Mental hospitals Bombay report 1929-33 - 1929-1933
Year: 1929
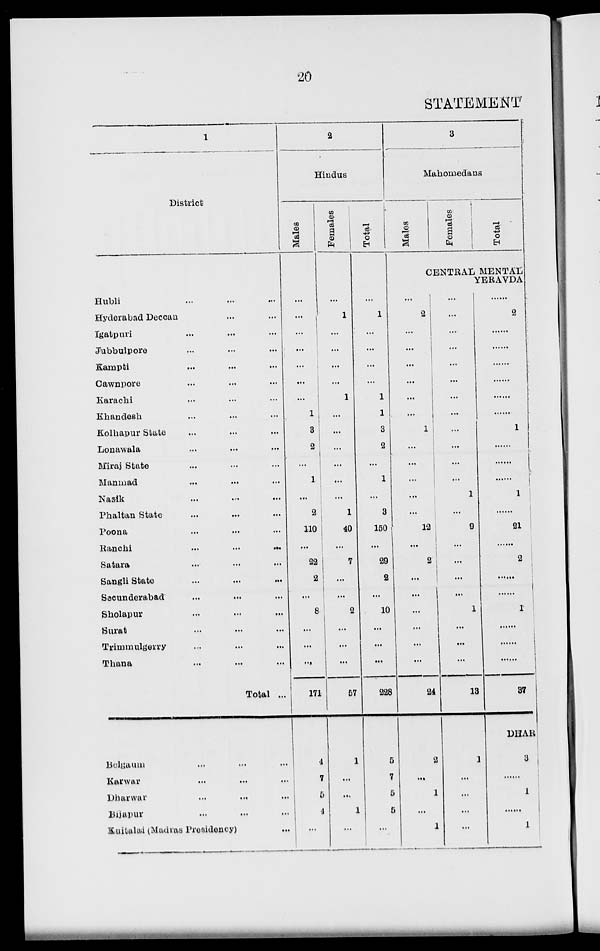
20
STATEMENT
1
District
Hubli ... ... ...
Hyderabad Deccan ... ...
Igatpuri ... ... ...
Jubbulpore ... ... ...
Kampti ... ... ...
Cawnpore ... ... ...
Karachi ... ... ...
Khandesh ... ... ...
Kolhapur State ... ... ...
Lonawala ... ... ...
Miraj State ... ... ...
Manmad ... ... ...
Nasik ... ... ...
Phaltan State ... ... ...
Poona ... ... ...
Ranchi ... ... ...
Satara ... ... ...
Sangli State ... ... ...
Secunderabad ... ... ...
Sholapur ... ... ...
Surat ... ... ...
Trimmulgerry ... ... ...
Thana ... ... ...
Total ...
Belgaum ... ... ...
Karwar ... ... ...
Dharwar
...
...
...
Bijapur ... ... ...
Kuitalai (Madras Presidency) ...
2
Hindus
Males
...
...
...
...
...
...
...
1
3
2
...
1
...
2
110
...
22
2
...
8
...
...
...
171
4
7
5
4
...
Females
...
1
...
...
...
...
1
...
...
...
...
...
...
1
40
...
7
...
...
2
...
...
...
57
1
...
...
1
...
Total
...
1
...
...
...
...
1
1
3
2
...
1
...
3
150
...
29
2
...
10
...
...
...
228
5
7
5
5
...
3
Mahomedans
Males
Females
Total
CENTRAL MENTAL
YERAVDA
...
2
...
...
...
...
...
...
1
...
...
...
...
...
12
...
2
...
...
...
...
...
...
24
2
...
1
...
1
...
...
...
...
...
...
...
...
...
...
...
...
1
...
9
...
...
...
...
1
...
...
...
13
1
...
...
...
...
......
2
......
......
......
......
......
......
1
......
......
1
......
21
......
2
......
......
1
......
......
37
DHAR
3
......
1
1